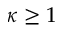
\kappa \geq 1